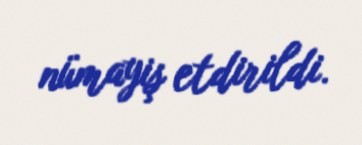
nümayiş etdirildi.